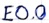
Text: E0.0